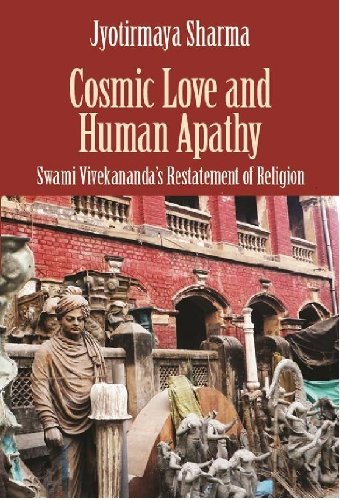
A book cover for Cosmic Love and Human Apathy: Swami Vivekanand's Restatement of Religion; Jyotirmaya Sharma; Religion & Spirituality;